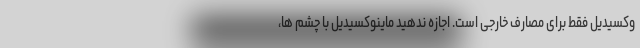
وکسیدیل فقط برای مصارف خارجی است. اجازه ندهید ماینوکسیدیل با چشم ها،